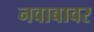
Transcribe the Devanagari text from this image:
नवाबावर